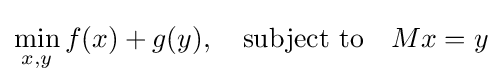
\min _{x,y}f(x)+g(y),\quad {\text{subject to}}\quad Mx=y